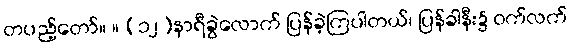
တပည့်တော်။ ။ (၁၂)နာရီခွဲလောက် ပြန်ခဲ့ကြပါတယ်၊ ပြန်ခါနီး၌ ဝက်လက်